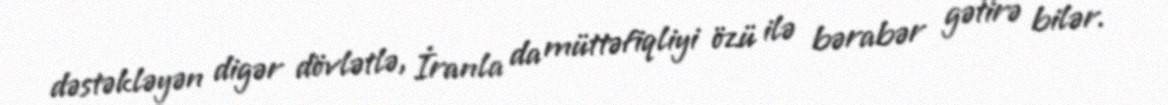
dəstəkləyən digər dövlətlə, İranla da müttəfiqliyi özü ilə bərabər gətirə bilər.